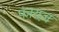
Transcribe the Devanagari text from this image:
फायज़